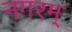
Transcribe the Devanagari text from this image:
नगरम्